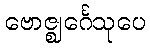
ဗောဇ္ဈင်္ဂေသုပေ